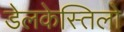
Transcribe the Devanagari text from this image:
डेलकेस्तिलो